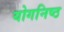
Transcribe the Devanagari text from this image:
योगनिष्ठ